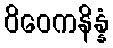
ဝိဝေကနိန္နံ